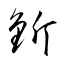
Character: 釿